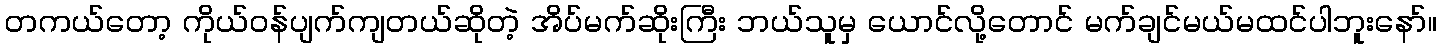
တကယ်တော့ ကိုယ်ဝန်ပျက်ကျတယ်ဆိုတဲ့ အိပ်မက်ဆိုးကြီး ဘယ်သူမှ ယောင်လို့တောင် မက်ချင်မယ်မထင်ပါဘူးနော်။